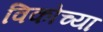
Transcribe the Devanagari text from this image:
विकोच्या